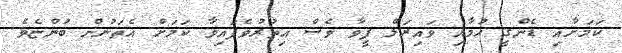
ކަމަށާއި ޑެންގީ ހުމާއި ވައިރަލް ފީވާ ވެސް އިތުރުވެފައިވާ ކަމަށް އެތަނުން ބުންޏެވެ.